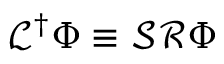
\mathcal { L } ^ { \dag } \Phi \equiv \mathcal { S } \mathcal { R } \Phi